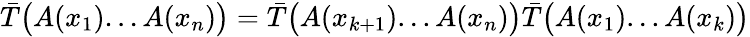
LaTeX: \bar{T}\bigl(A(x_{1})...A(x_{n})\bigr)=\bar{T}\bigl(A(x_{k+1})...A(x_{n})\bigr)\bar{T}\bigl(A(x_{1})...A(x_{k})\bigr)